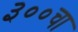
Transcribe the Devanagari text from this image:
३००चा